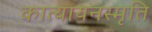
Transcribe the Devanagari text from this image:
कात्यायनस्मृति